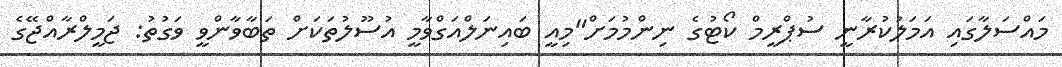
މައްސަލާގައި އަމަލުކުރާނީ ސުޕްރީމް ކޯޓުގެ ނިންމުމަށް"މިއީ ބައިނަލްއަގްވާމީ އުސޫލުތަކަށް ތަބާވާންވީ ވަގުތު: ޖަމީލްރާއްޖޭގެ